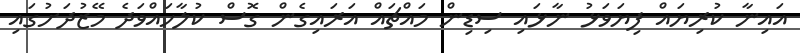
އައިނާ ކުރިޔައް ފިޔަވަޅު ނާޅައި ސިޑިން މައްޗައް އަރައިގެން ގޮސް ކުލާހައްވަދެ މޭޒުދަށުގައި